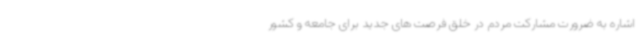
اشاره به ضرورت مشارکت مردم در خلق فرصت های جدید برای جامعه و کشور